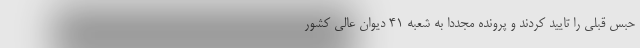
حبس قبلی را تایید کردند و پرونده مجدداً به شعبه ۴۱ دیوان عالی کشور